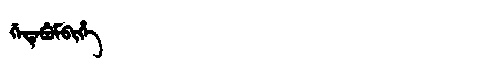
Manchu: ᡤᡝᡨᡝᠪᡠᠮᠪᡳᡥᡝ
Romanization: GETEBUMBIHE